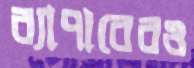
ব্যাপারেরও